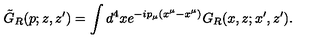
\tilde { G } _ { R } ( p ; z , z ^ { \prime } ) = \int d ^ { 4 } x e ^ { - i p _ { \mu } ( x ^ { \mu } - x ^ { \mu } ) } G _ { R } ( x , z ; x ^ { \prime } , z ^ { \prime } ) .